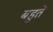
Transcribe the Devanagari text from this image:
बहुतें